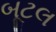
બૂટલ